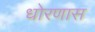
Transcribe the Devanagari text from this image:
धोरणास